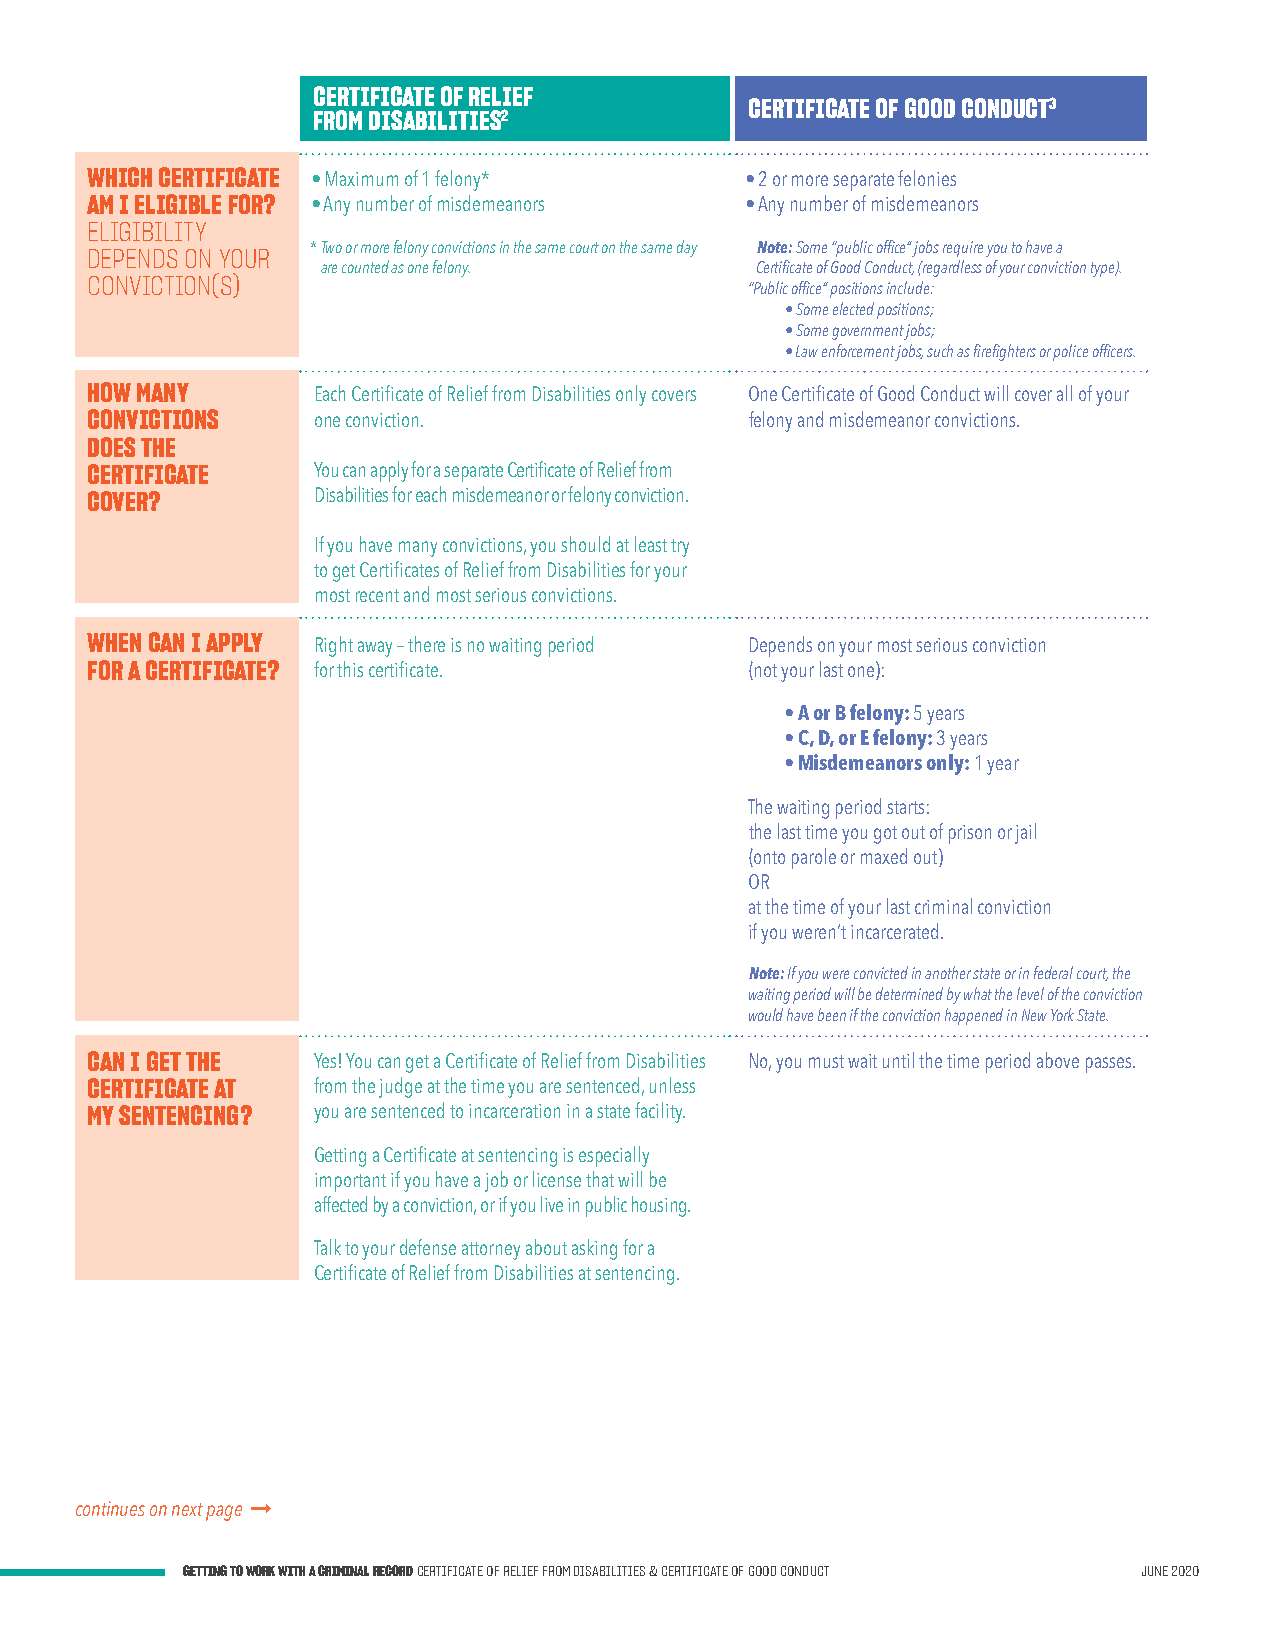
CERTIFICATE OF RELIEF
 CERTIFICATE OF GOOD CONDUCT3
 FROM DISABILITIES2
 WHICH CERTIFICATE • Maximum of 1 felony*   • 2 or more separate felonies
 AM I ELIGIBLE FOR? • Any number of misdemeanors • Any number of misdemeanors
 ELIGIBILITY
 DEPENDS ON YOUR * Two or more felony convictions in the same court on the same day Note: Some “public office” jobs require you to have a
 are counted as one felony.   Certificate of Good Conduct, (regardless of your conviction type).
 CONVICTION(S)
 “Public office” positions include:
 • Some elected positions;
 • Some government jobs;
 • Law enforcement jobs, such as firefighters or police officers.
 HOW MANY       Each Certificate of Relief from Disabilities only covers One Certificate of Good Conduct will cover all of your
 CONVICTIONS    one conviction.              felony and misdemeanor convictions.
 DOES THE
 CERTIFICATE    You can apply for a separate Certificate of Relief from
 COVER?         Disabilities for each misdemeanor or felony conviction.
 If you have many convictions, you should at least try
 to get Certificates of Relief from Disabilities for your
 most recent and most serious convictions.
 WHEN CAN I APPLY Right away – there is no waiting period Depends on your most serious conviction
 FOR A CERTIFICATE? for this certificate.    (not your last one):
 • A or B felony: 5 years
 • C, D, or E felony: 3 years
 • Misdemeanors only: 1 year
 The waiting period starts:
 the last time you got out of prison or jail
 (onto parole or maxed out)
 OR
 at the time of your last criminal conviction
 if you weren’t incarcerated.
 Note: If you were convicted in another state or in federal court, the
 waiting period will be determined by what the level of the conviction
 would have been if the conviction happened in New York State.
 CAN I GET THE  Yes! You can get a Certificate of Relief from Disabilities No, you must wait until the time period above passes.
 CERTIFICATE AT from the judge at the time you are sentenced, unless
 MY SENTENCING? you are sentenced to incarceration in a state facility.
 Getting a Certificate at sentencing is especially
 important if you have a job or license that will be
 affected by a conviction, or if you live in public housing.
 Talk to your defense attorney about asking for a
 Certificate of Relief from Disabilities at sentencing.
 continues on next page 
 GETTING TO WORK WITH A CRIMINAL RECORD CERTIFICATE OF RELIEF FROM DISABILITIES & CERTIFICATE OF GOOD CONDUCT JUNE 2020